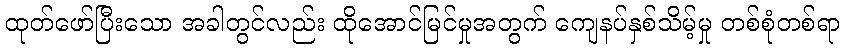
ထုတ်ဖော်ပြီးသော အခါတွင်လည်း ထိုအောင်မြင်မှုအတွက် ကျေနပ်နှစ်သိမ့်မှု တစ်စုံတစ်ရာ